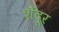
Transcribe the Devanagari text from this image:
शेँदूर